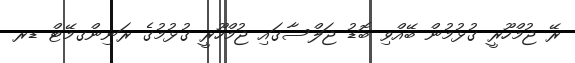
ރޭ ޖުމްހޫރީ ގުޅުމުން ބޭއްވި ބޮޑު ޖަލްސާގައި ޖުމްހޫރީ ގުޅުމުގެ ރަނިންގމޭޓް ޑރ